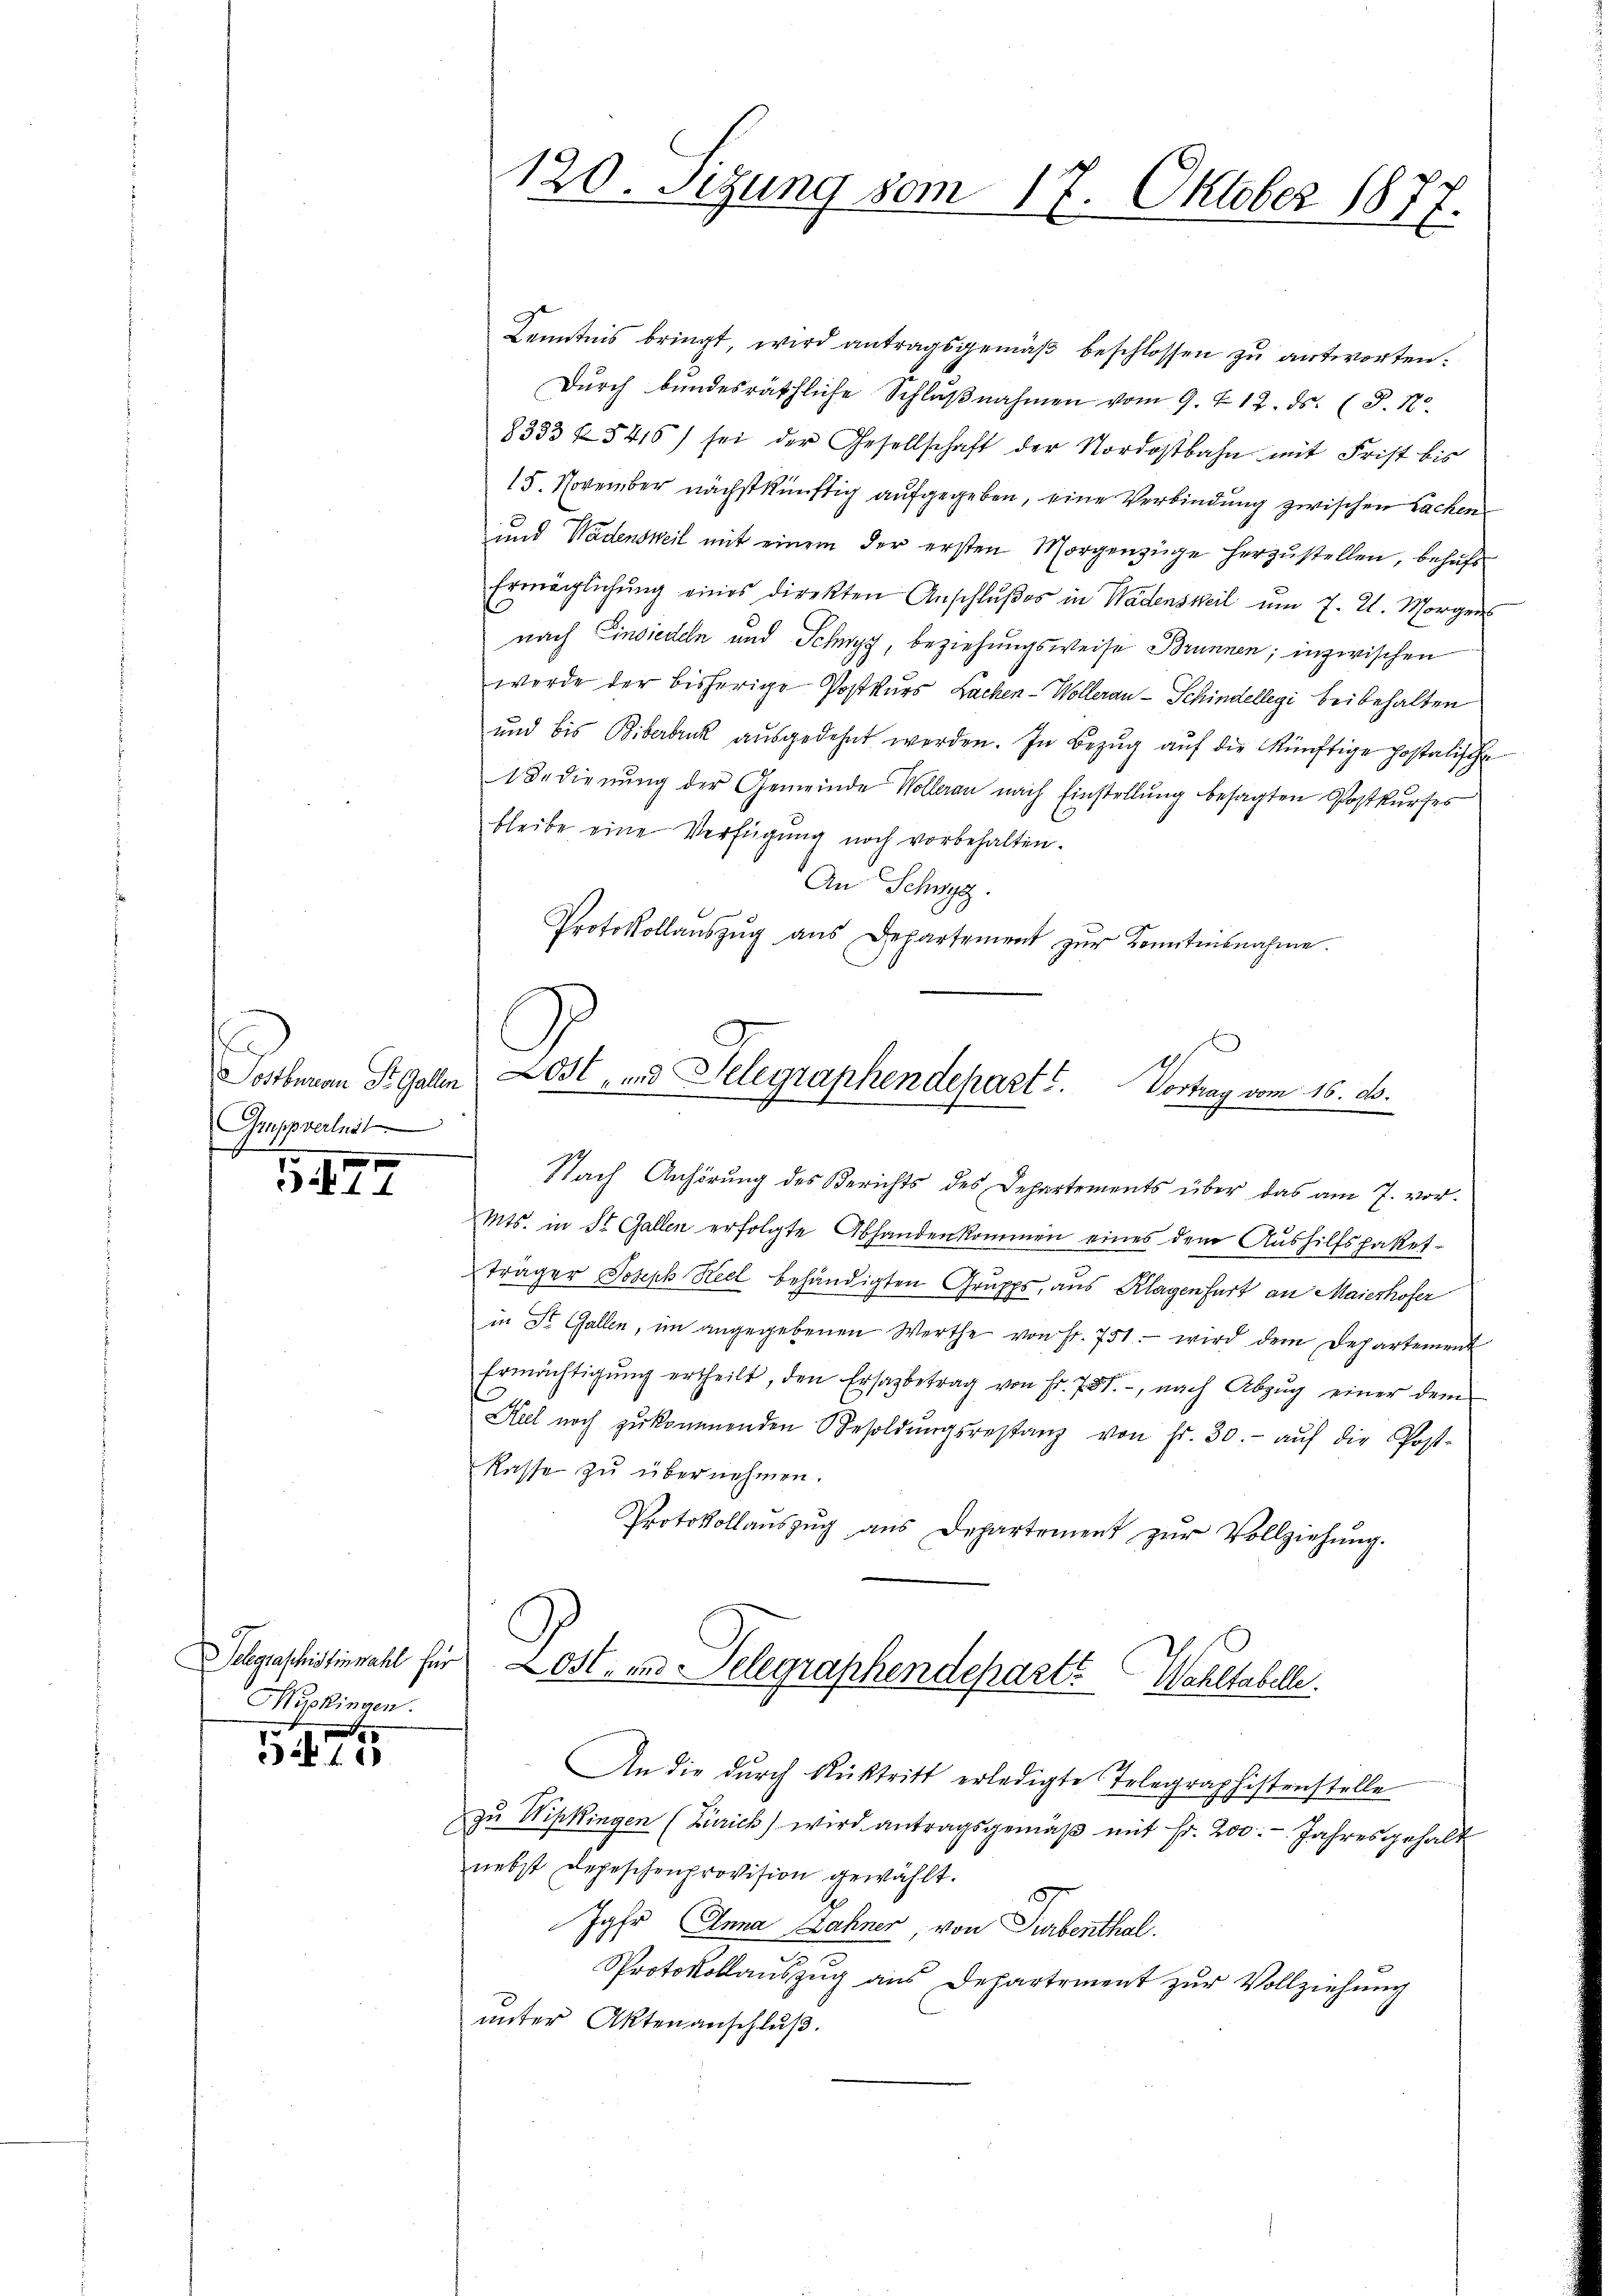
Scenen St. Galle
Gruppverlust

3. 177

Muskingen.

5475

Kenntnis bringt, wird antragsgemäß beschlossen zu antworten.
Dŭrch bundesräthliche Schlŭβnahmen vom 9. 712. ds. (T. N.
8333 f 5416) sei der Gesellschaft der Nordostbahn mit Frist bis
15. November nächstkünftig aufgegeben, eine Verbindung zwischen Lachen
und Wädensweil mit einem der ersten Morgenzüge herzustellen, behufs
Ermöglichŭng eines direkten Anschlŭβes in Wädensweil um 7. 2. Morgen
nach Einsiedeln und Schwyz, beziehungsweise Brunnen; inzwischen
werde der bisherige Postkurs Lachen- Wolleran- Schindellegi beibehalten
und bis Biberbruck aŭsgedehnt werden. In Bezŭg aŭf die künftige Postatische
1 Bedienung der Gemeinde Wolleran nach Einstellung besagten Postkurses
bleibe eine Verfügung noch vorbehalten.
An Schwyz.
Protokollaŭszŭg ans Departement zŭr Kenntnisnahme.
Nach Anhörung des Berichts des Departements über das am 7. vor¬
Mts. in St. Gallen erfolgte Abhanden kommen eines dem Aushilfspaket-
träger Joseph Seel behändigten Grupps, aus Klagenfurt an Maierhofer
in St. Gallen, im angegebenen Werthe von Fr. 751.- wird dem Departement
Ermächtigŭng ertheilt, den Ersazbetrag von Fr. 731., nach Abzŭg einer dem
Hel noch zŭkommenden Besoldŭngsrestanz von fr. 30.- aŭf die Post-
Kasse zŭ übernehmen.
Protokollaŭszŭg aŭs Departement zŭr Vollziehŭng.
Schgaschistinzahl für Ost- und Telegraphendepart? Wahltabelle.
An die durch Rücktritt erledigte Tolegraphistenstelle
.
zŭ Wipkingen (Zürich) wird antragsgemäβ mit Fr. 200. Jahresgehalt
nebst Depeschenprovision gewählt.
5
Jahr Anna Zähner, von Turbenthal.
Protokollauszug aus Departement zur Vollziehung
unter Aktenanschluß.

120. Sizung vom 17. Oktober 1877.

Lost, und Telegraphendepart. Vortrag vom 16. d.